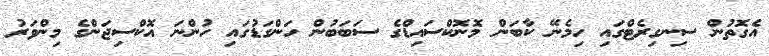
އެގޮތުން ސިނގިރެޓްގައި ހިމެނޭ ކާބަން މޮނޮކްސައިޑްގެ ސަބަބުން ހަންގަޑުގައި ހުންނަ އޮކްސިޖަންގެ މިންވަރު